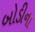
બોડીના